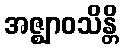
အဇ္ဈာဝသိန္တိ